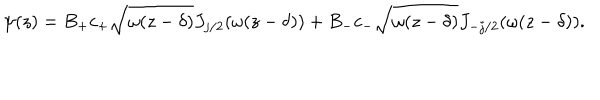
\psi ( z ) = B _ { + } c _ { + } \sqrt { \omega ( z - \delta ) } J _ { j / 2 } ( \omega ( z - \delta ) ) + B _ { - } c _ { - } \sqrt { \omega ( z - \delta ) } J _ { - j / 2 } ( \omega ( z - \delta ) ) .